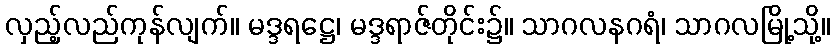
လှည့်လည်ကုန်လျက်။ မဒ္ဒရဋ္ဌေ၊ မဒ္ဒရာဇ်တိုင်း၌။ သာဂလနဂရံ၊ သာဂလမြို့သို့။